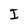
Character: I